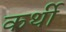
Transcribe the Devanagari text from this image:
कर्थी